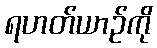
ရဟတ်ယာဉ်ကို